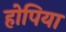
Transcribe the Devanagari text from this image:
होपिया